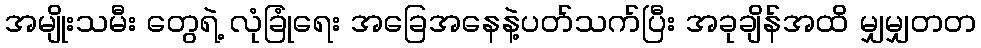
အမျိုးသမီး တွေရဲ့ လုံခြုံရေး အခြေအနေနဲ့ပတ်သက်ပြီး အခုချိန်အထိ မျှမျှတတ